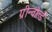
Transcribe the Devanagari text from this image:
ग्रीन्वोर्ल्ड